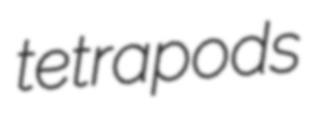
tetrapods